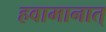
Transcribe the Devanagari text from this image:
हवामानात्